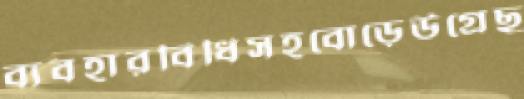
ব্যবহারবিধিসহবোড়েউগ্‌রেছ